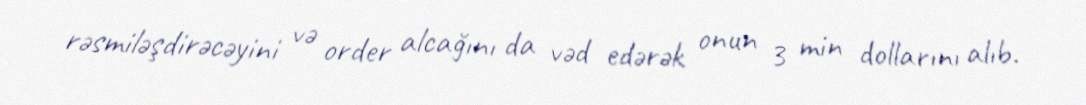
rəsmiləşdirəcəyini və order alcağını da vəd edərək onun 3 min dollarını alıb.